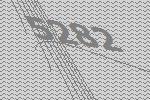
5282